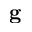
\mathbf { g }